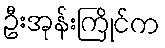
ဦးအုန်းကြိုင်က